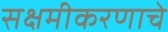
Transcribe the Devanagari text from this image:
सक्षमीकरणाचे